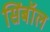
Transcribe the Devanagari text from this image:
सिंबॉल